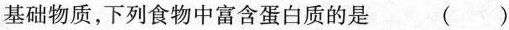
基础物质，下列食物中富含蛋白质的是 （）